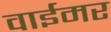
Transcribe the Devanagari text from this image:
वाईमर